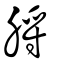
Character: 脟